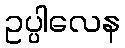
ဥပ္ပါလေန